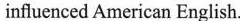
influenced American English.